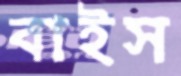
বাইস